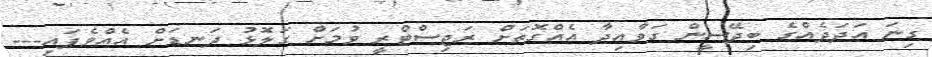
ގިނަ އަދަދެއްގެ ބިދޭސީން ގަވާއިދާ އެއްގޮތަށް ރަޖިސްޓްރީ ވުމަށް ގަލޮޅު ދަނޑަށް އެއްވެފައި---